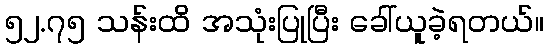
၅၂.၇၅ သန်းထိ အသုံးပြုပြီး ခေါ်ယူခဲ့ရတယ်။